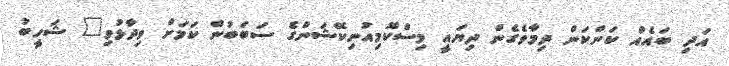
އަދި ބައެއް ކަންކަން ދިމާވެގެން ދިޔައީ މިސްކޮމިއުނިކޭޝަންގެ ސަބަބުން ކަމަށް ވިދާޅުވި" ޝަހީބު